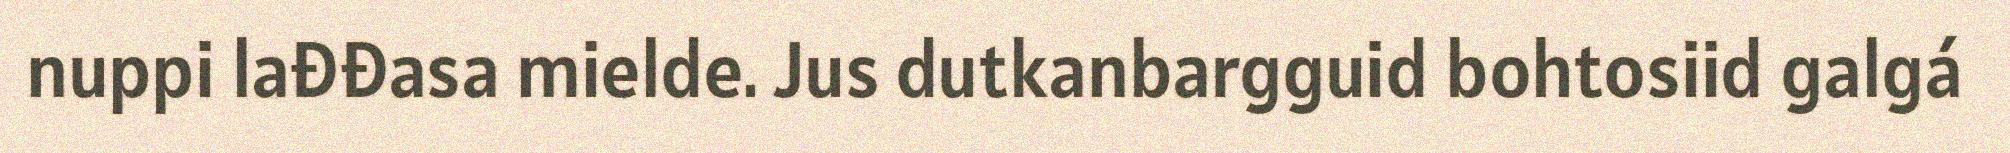
nuppi lađđasa mielde. Jus dutkanbargguid bohtosiid galgá